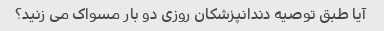
آیا طبق توصیه دندانپزشکان روزی دو بار مسواک می زنید؟